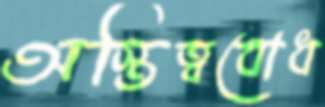
অস্তিত্ববোধ